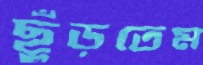
ছুঁড়তেম